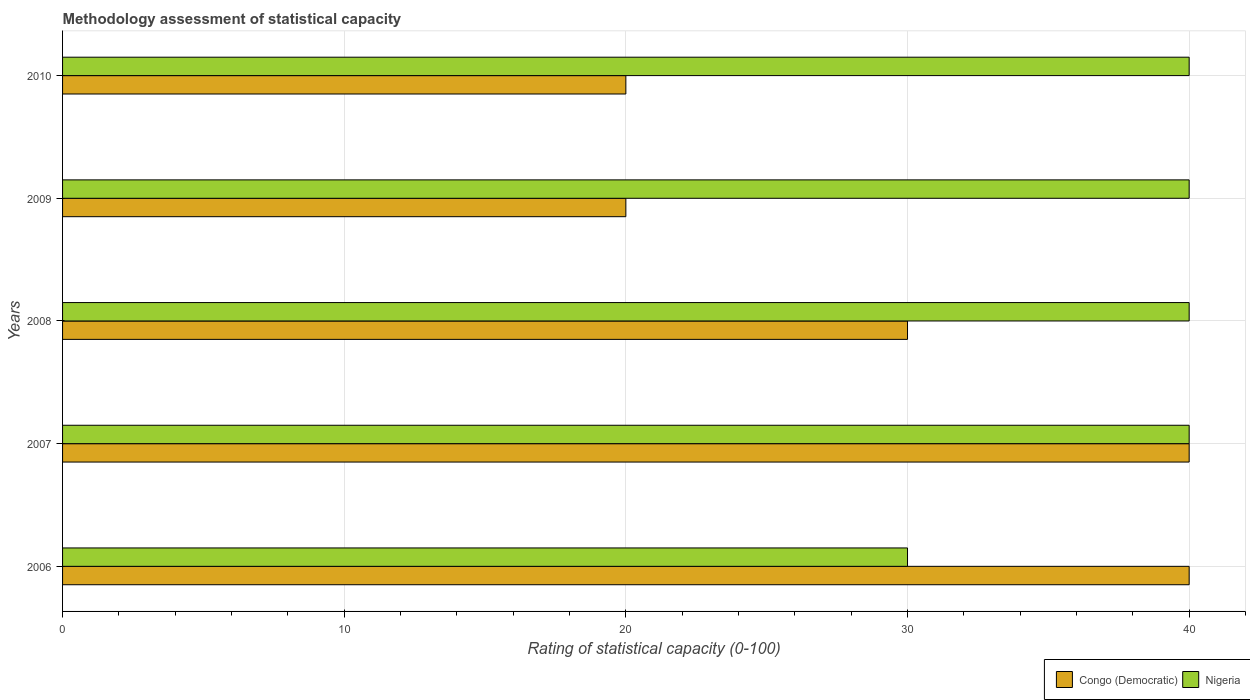
| Years | Congo (Democratic) | Nigeria |
 | --- | --- | --- |
 | 2006 | 40 | 30 |
 | 2007 | 40 | 40 |
 | 2008 | 30 | 40 |
 | 2009 | 20 | 40 |
 | 2010 | 20 | 40 |